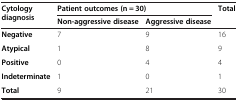
<table><thead><tr><td rowspan="2"><b>Cytology diagnosis</b></td><td colspan="2"><b>Patient outcomes (n = 30)</b></td><td rowspan="2"><b>Total</b></td></tr><tr><td><b>Non-aggressive disease</b></td><td><b>Aggressive disease</b></td></tr></thead><tbody><tr><td><b>Negative</b></td><td>7</td><td>9</td><td>16</td></tr><tr><td><b>Atypical</b></td><td>1</td><td>8</td><td>9</td></tr><tr><td><b>Positive</b></td><td>0</td><td>4</td><td>4</td></tr><tr><td><b>Indeterminate</b></td><td>1</td><td>0</td><td>1</td></tr><tr><td><b>Total</b></td><td>9</td><td>21</td><td>30</td></tr></tbody></table>